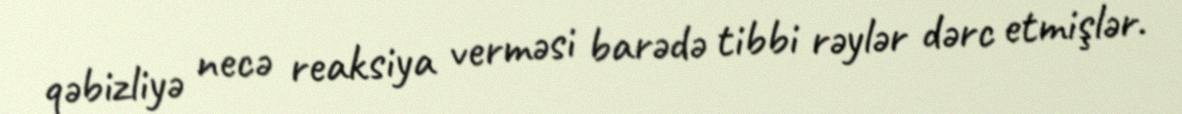
qəbizliyə necə reaksiya verməsi barədə tibbi rəylər dərc etmişlər.